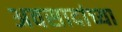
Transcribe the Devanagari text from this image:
अवसादांच्या